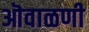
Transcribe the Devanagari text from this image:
ऒवाळणी